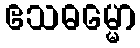
ဧသဓမ္မော